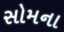
સોમના